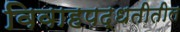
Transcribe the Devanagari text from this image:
विवाहपद्धतीतील